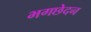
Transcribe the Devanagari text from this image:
भगछेदन